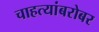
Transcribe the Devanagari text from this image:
चाहत्यांबरोबर